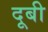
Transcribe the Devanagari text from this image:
दूबी